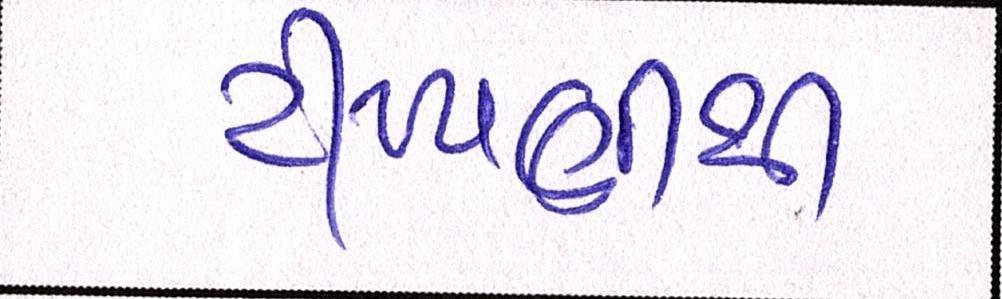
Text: ટીપ્પણીથી